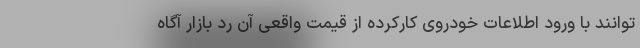
‌توانند با ورود اطلاعات خودروی کارکرده از قیمت واقعی آن رد بازار آگاه